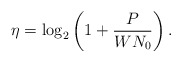
\begin{align*}\eta = \log_{2} \left( 1 + \frac{P}{WN_{0}} \right) . \end{align*}